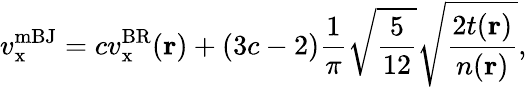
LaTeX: v_{\mathrm{x}}^{\mathrm{mBJ}}=cv_{\mathrm{x}}^{\mathrm{BR}}(\mathbf{r})+(3c-2)\frac{1}{\pi}\sqrt{\frac{5}{12}}\sqrt{\frac{2t(\mathbf{r})}{n(\mathbf{r})}},